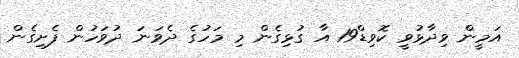
އަމީން ވިދާޅުވީ ކޮވިޑް19 އާ ގުޅިގެން މި މަހުގެ ދެވަނަ ދުވަހުން ފެށިގެން